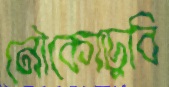
নৌকোডুবি